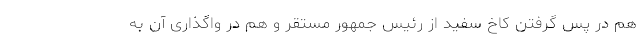
هم در پس گرفتن کاخ سفید از رئیس جمهور مستقر و هم در واگذاری آن به